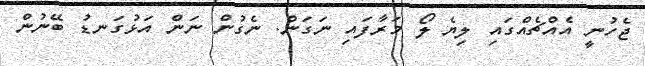
ޖެހުނީ އެއްޗެއްގައި ލިޔެ ލޯ މަރާފައި ނަގަން. ނެގުން ނަން އަޅުގަނޑު ބޭނުން